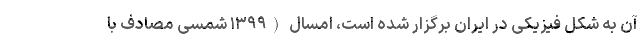
آن به شکل فیزیکی در ایران برگزار شده است، امسال (۱۳۹۹ شمسی مصادف با